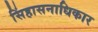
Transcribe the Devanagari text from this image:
सिंहासनाधिकार